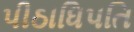
પીઠાધિપતિ